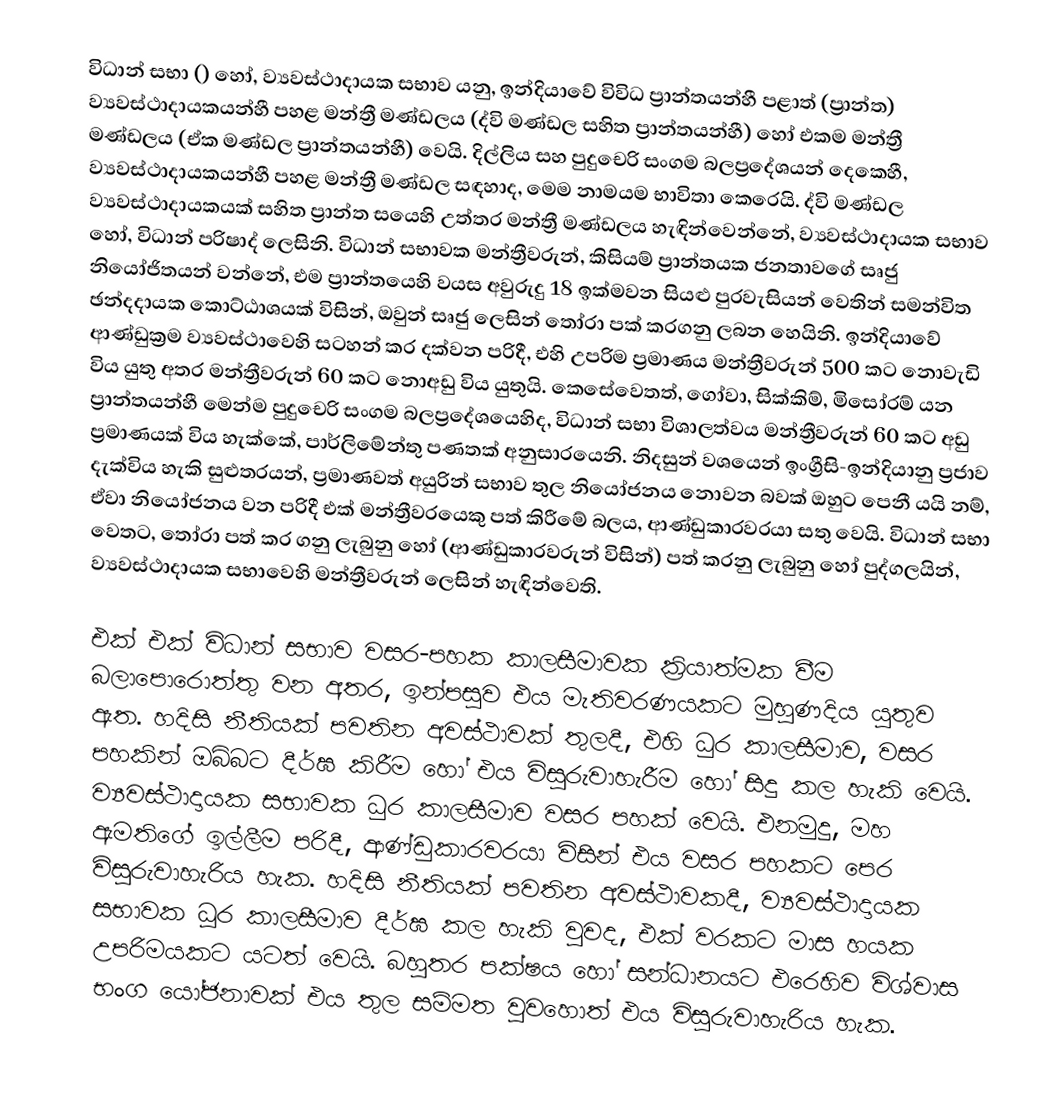
විධාන් සභා () හෝ, ව්‍යවස්ථාදායක සභාව යනු, ඉන්දියාවේ විවිධ ප්‍රාන්තයන්හී පළාත් (ප්‍රාන්ත) ව්‍යවස්ථාදායකයන්හී පහළ මන්ත්‍රී මණ්ඩලය (ද්වි මණ්ඩල සහිත ප්‍රාන්තයන්හී) හෝ එකම මන්ත්‍රී මණ්ඩලය (ඒක මණ්ඩල ප්‍රාන්තයන්හී) වෙයි. දිල්ලිය සහ පුදුචෙරි සංගම බලප්‍රදේශයන් දෙකෙහී, ව්‍යවස්ථාදායකයන්හී පහළ මන්ත්‍රී මණ්ඩල සඳහාද, මෙම නාමයම භාවිතා කෙරෙයි. ද්වි මණ්ඩල ව්‍යවස්ථාදායකයක් සහිත ප්‍රාන්ත සයෙහි උත්තර මන්ත්‍රී මණ්ඩලය හැඳින්වෙන්නේ,  ව්‍යවස්ථාදායක සභාව හෝ, විධාන් පරිෂාද් ලෙසිනි. විධාන් සභාවක මන්ත්‍රීවරුන්, කිසියම් ප්‍රාන්තයක ජනතාවගේ සෘජු නියෝජිතයන් වන්නේ, එම ප්‍රාන්තයෙහි වයස අවුරුදු 18 ඉක්මවන සියළු පුරවැසියන් වෙතින් සමන්විත ඡන්දදායක කොට්ඨාශයක් විසින්, ඔවුන් සෘජු ලෙසින් තෝරා පක් කරගනු ලබන හෙයිනි. ඉන්දියාවේ ආණ්ඩුක්‍රම ව්‍යවස්ථාවෙහි සටහන් කර දක්වන පරිදී, එහි උපරිම ප්‍රමාණය මන්ත්‍රීවරුන් 500 කට නොවැඩි විය යුතු අතර මන්ත්‍රීවරුන් 60 කට නොඅඩු විය යුතුයි. කෙසේවෙතත්, ගෝවා, සික්කිම්, මිසෝරම් යන ප්‍රාන්තයන්හී මෙන්ම  පුදුචෙරි සංගම බලප්‍රදේශයෙහිද, විධාන් සභා විශාලත්වය මන්ත්‍රීවරුන් 60 කට අඩු ප්‍රමාණයක් විය හැක්කේ, පාර්ලිමේන්තු පණතක් අනුසාරයෙනි. නිදසුන් වශයෙන් ඉංග්‍රීසි-ඉන්දියානු  ප්‍රජාව දැක්විය හැකි සුළුතරයන්, ප්‍රමාණවත් අයුරින් සභාව තුල නියෝජනය නොවන බවක් ඔහුට පෙනී යයි නම්, ඒවා නියෝජනය වන පරිදී එක් මන්ත්‍රීවරයෙකු පත් කිරීමේ බලය, ආණ්ඩුකාරවරයා සතු වෙයි. විධාන් සභා වෙතට, තෝරා පත් කර ගනු ලැබුනු හෝ  (ආණ්ඩුකාරවරුන් විසින්) පත් කරනු ලැබුනු හෝ පුද්ගලයින්, ව්‍යවස්ථාදායක සභාවෙහි මන්ත්‍රීවරුන් ලෙසින් හැඳින්වෙති.

එක් එක් විධාන් සභාව වසර-පහක කාලසීමාවක ක්‍රියාත්මක වීම බලාපොරොත්තු වන අතර, ඉන්පසුව එය මැතිවරණයකට මුහුණදිය යුතුව ඇත.  හදිසි නීතියක් පවතින අවස්ථාවක් තුලදී, එහි ධුර කාලසීමාව, වසර පහකින් ඔබ්බට දීර්ඝ කිරීම හෝ එය විසුරුවාහැරීම හෝ සිදු කල හැකි වෙයි. ව්‍යවස්ථාදායක සභාවක ධුර කාලසීමාව වසර පහක් වෙයි. එනමුදු, මහ ඇමතිගේ ඉල්ලීම පරිදී, ආණ්ඩුකාරවරයා විසින් එය වසර පහකට පෙර විසුරුවාහැරිය හැක. හදිසි නීතියක් පවතින අවස්ථාවකදී, ව්‍යවස්ථාදායක සභාවක ධූර කාලසීමාව දීර්ඝ කල හැකි වුවද, එක් වරකට මාස හයක උපරිමයකට යටත් වෙයි. බහුතර පක්ෂය හෝ සන්ධානයට එරෙහිව විශ්වාස භංග යෝජනාවක් එය තුල සම්මත වුවහොත් එය විසුරුවාහැරිය හැක.